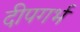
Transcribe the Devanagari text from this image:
दीपगर्भ